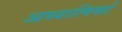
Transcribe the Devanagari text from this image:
आध्यात्मिकों